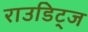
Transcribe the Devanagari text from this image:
राउडिट्ज